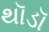
થૉડૉ